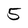
Character: 5